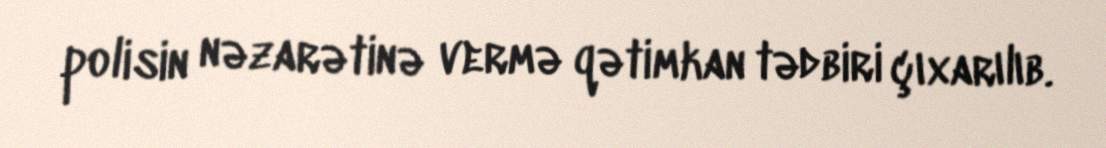
polisin nəzarətinə vermə qətimkan tədbiri çıxarılıb.